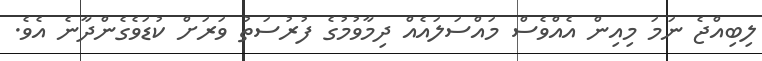
ލިބިއްޖެ ނަމަ މިއިން އެއްވެސް މައްސަލައެއް ދިމާވުމުގެ ފުރުސަތު ވަރަށް ކުޑަވެގެންދާނެ އެވެ.